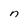
Character: n